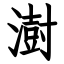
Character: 澍